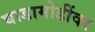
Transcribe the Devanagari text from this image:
घाडामोडींवर